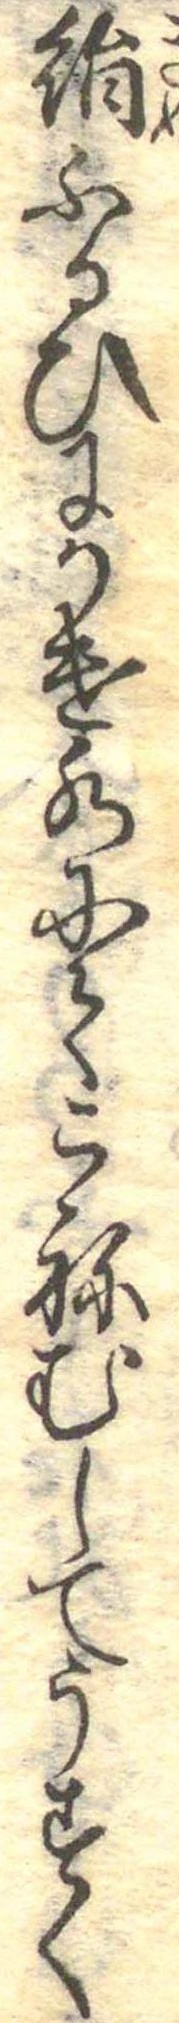
絹ふるひにかけ水にてこねむしてうすく